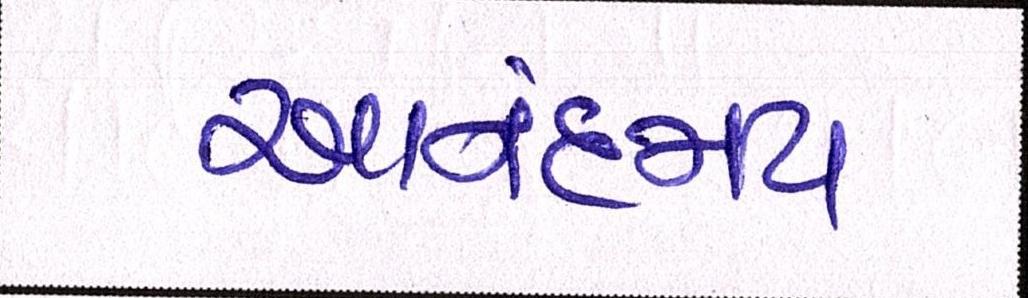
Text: આનંદમય